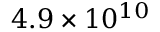
4 . 9 \times 1 0 ^ { 1 0 }